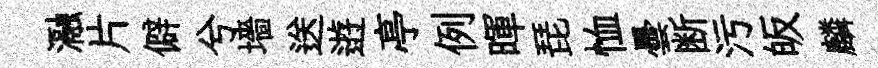
瀜片僻兮墻送逰亭例暉琵恤曇断污皈麟